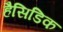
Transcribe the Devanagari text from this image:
हैसिडिक